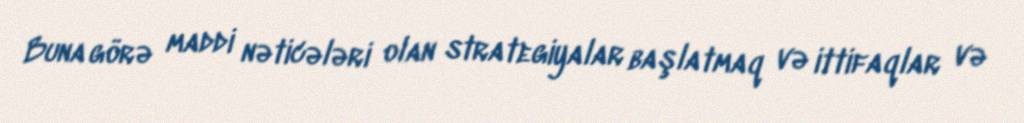
Buna görə maddi nəticələri olan strategiyalar başlatmaq və ittifaqlar və